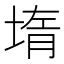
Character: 堶